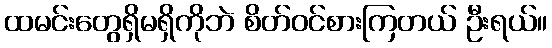
ထမင်းတွေရှိမရှိကိုဘဲ စိတ်ဝင်စားကြတယ် ဦးရယ်။